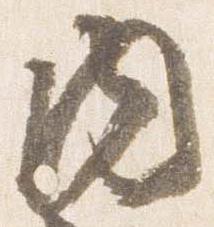
内